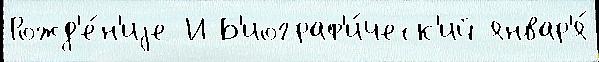
Рожд'е́н'иjе И Б'иограф'и́ческ'ий январ'я́